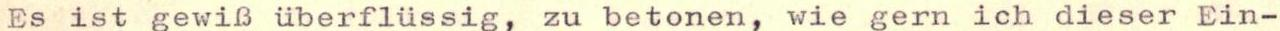
Es ist gewiß überflüssig, zu betonen, wie gern ich dieser Ein-